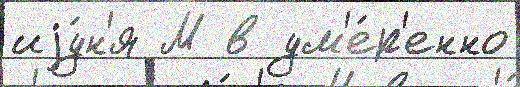
иjу́н'я М в ум'е́р'енно